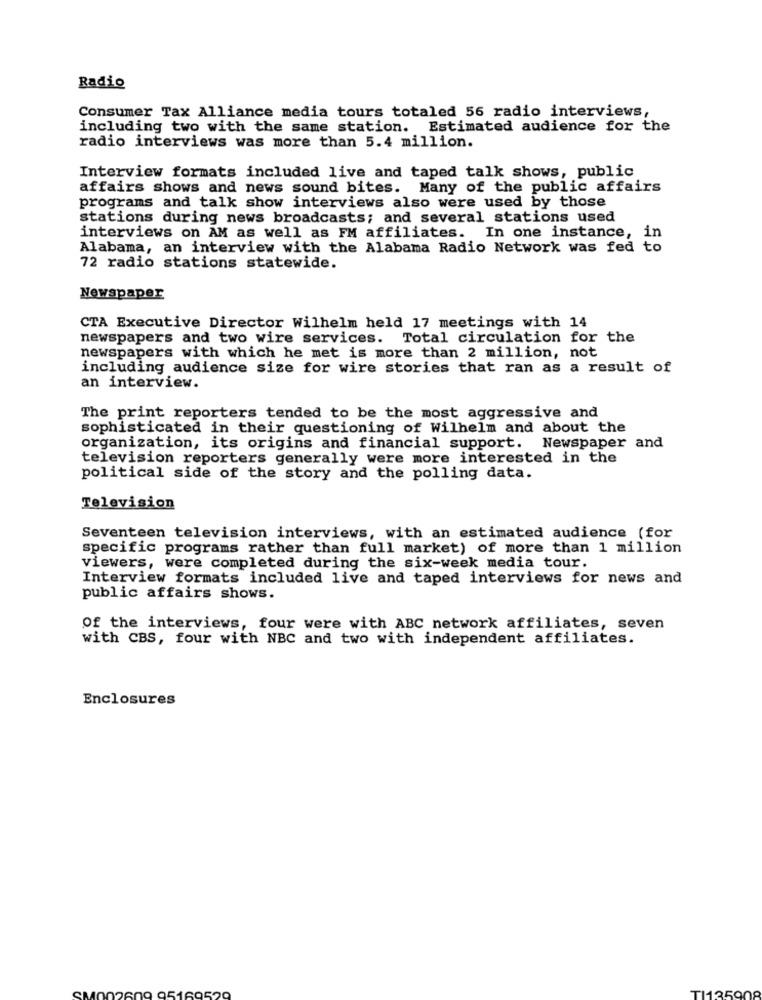
Radio
Consumer Tax Alliance media tours totaled 56 radio interviews,
including two with the same station. Estimated audience for the
radio interviews was more than 5.4 million.
Interview formats included live and taped talk shows, public
affairs shows and news sound bites. Many of the public affairs
programs and talk show interviews also were used by those
stations during news broadcasts; and several stations used
interviews on AM as well as FM affiliates. In one instance, i
Alabama, an interview with the Alabama Radio Network was fed to
72 radio stations statewide.
Newspaper
CTA Executive Director Wilhelm held 17 meetings with 14
newspapers and two wire services. Total circulation for the
newspapers with which he met is more than 2 million, not
including audience size for wire stories that ran as a result of
an interview.
The print reporters tended to be the most aggressive and
sophisticated in their questioning of Wilhelm and about the
organization, its origins and financial support. Newspaper and
television reporters generally were more interested in the
political side of the story and the polling data.
Television
Seventeen television interviews, with an estimated audience (for
specific programs rather than full market) of more than 1 million
viewers, were completed during the six-week media tour.
Interview formats included live and taped interviews for news and
public affairs shows.
Of the interviews, four were with ABC network affiliates, seven
with CBS, four with NBC and two with independent affiliates.
Enclosures
DO609 95160520
113